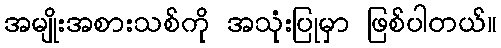
အမျိုးအစားသစ်ကို အသုံးပြုမှာ ဖြစ်ပါတယ်။